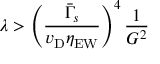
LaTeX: \lambda > \left( \frac { { \bar { \Gamma } } _ { s } } { v _ { \mathrm { D } } \eta _ { \mathrm { E W } } } \right) ^ { 4 } \frac { 1 } { G ^ { 2 } }